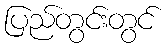
ပြည်တွင်းတွင်